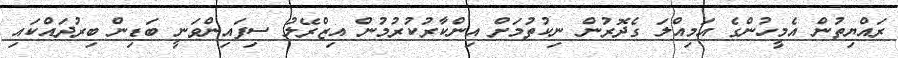
ރައްޔިތުން އެމީހުންގެ އަމިއްލަ ގެދޮރުން ނިކުތުމަށް އިންކާރުކުރުމުން އިޒްރޭލު ސިފައިންވަނީ ބަޑިން ބިރުދައްކައި